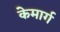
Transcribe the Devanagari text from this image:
केमार्ग